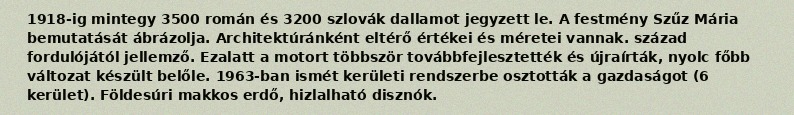
1918-ig mintegy 3500 román és 3200 szlovák dallamot jegyzett le. A festmény Szűz Mária bemutatását ábrázolja. Architektúránként eltérő értékei és méretei vannak. század fordulójától jellemző. Ezalatt a motort többször továbbfejlesztették és újraírták, nyolc főbb változat készült belőle. 1963-ban ismét kerületi rendszerbe osztották a gazdaságot (6 kerület). Földesúri makkos erdő, hizlalható disznók.